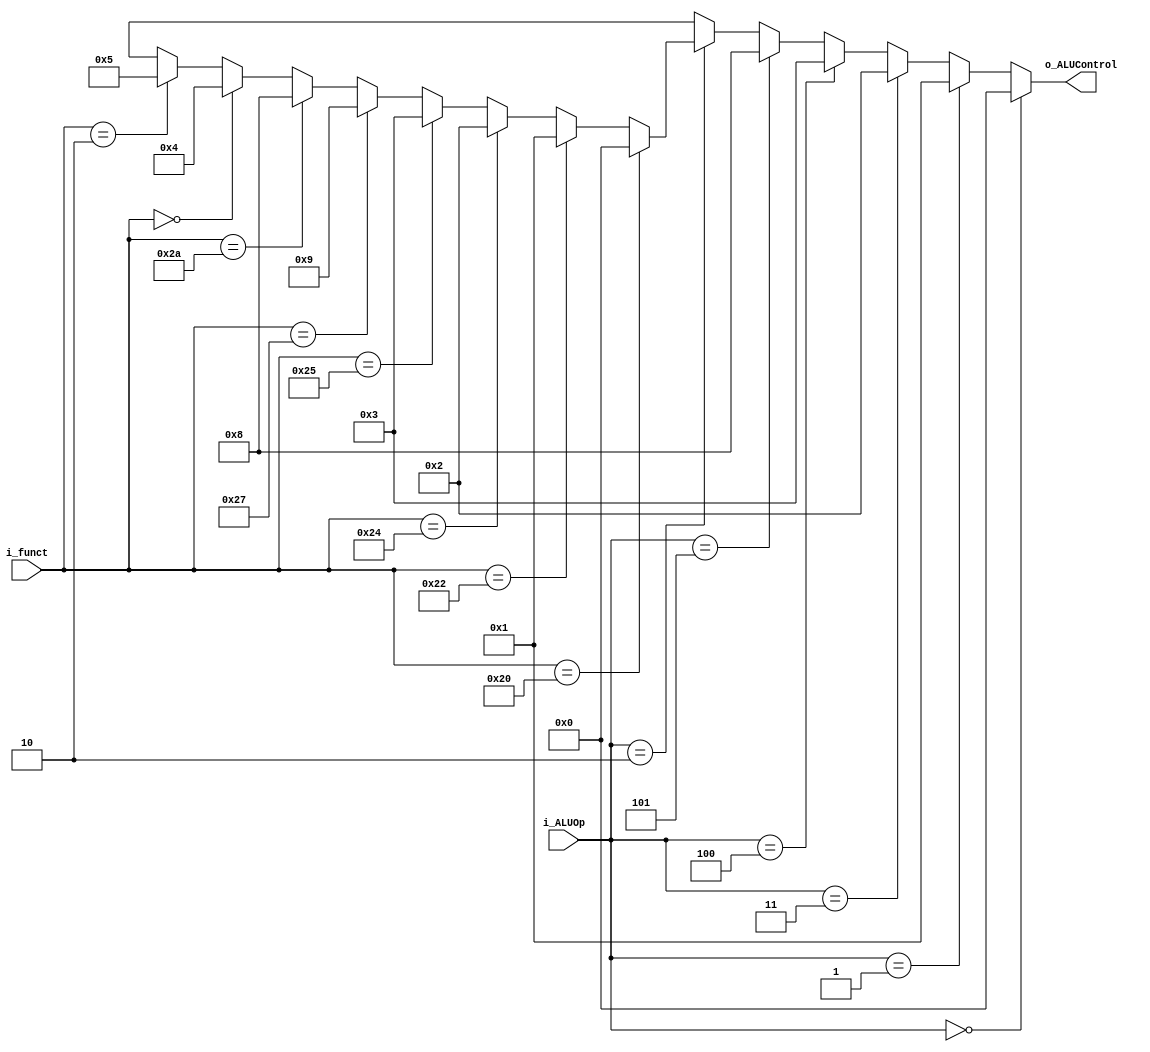
module ALUControl(i_ALUOp, i_funct, o_ALUControl);

input [3:0] i_ALUOp;
input [5:0] i_funct;
output [3:0] o_ALUControl;

assign o_ALUControl = 	((i_ALUOp == 4'b0000) ? 4'b0000:
								(i_ALUOp == 4'b0001) ? 4'b0001:
								(i_ALUOp == 4'b0011) ? 4'b0010:
								(i_ALUOp == 4'b0100) ? 4'b0011:
								(i_ALUOp == 4'b0101) ? 4'b1000:
								(i_ALUOp == 4'b0010) ? 
								
								((i_funct == 6'b100000) ? 4'b0000:
								(i_funct == 6'b100010) ? 4'b0001:
								(i_funct == 6'b100100) ? 4'b0010:
								(i_funct == 6'b100101) ? 4'b0011:
								(i_funct == 6'b100111) ? 4'b1001:
								(i_funct == 6'b101010) ? 4'b1000:
								(i_funct == 6'b000000) ? 4'b0100:
								(i_funct == 6'b000010) ? 4'b0101 : 4'bxxxx): 4'bxxxx);

endmodule